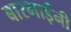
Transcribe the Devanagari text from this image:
बारभाईंनी